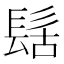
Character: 𮫀